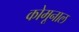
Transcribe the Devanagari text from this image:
कोमूनाल